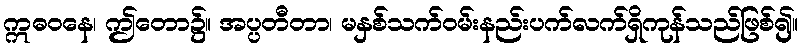
ဣဓဝနေ၊ ဤတော၌။ အပ္ပတီတာ၊ မနှစ်သက်ဝမ်းနည်းပက်လက်ရှိကုန်သည်ဖြစ်၍။